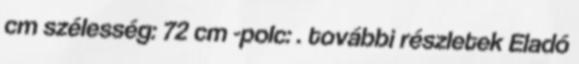
cm szélesség: 72 cm -polc: . további részletek Eladó